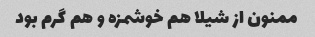
ممنون از شیلا هم خوشمزه و هم گرم بود